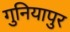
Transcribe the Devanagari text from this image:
गुनियापुर